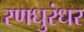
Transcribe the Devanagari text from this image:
रणधुरंधर